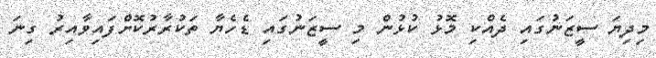
މިދިޔަ ސީޒަނުގައި ދެއްކި މޮޅު ކުޅުން މި ސީޒަނުގައި ޑެހެޔާ ތަކުރާރުކޮށްފައިވާއިރު ގިނަ